Indian journal of veterinary science and animal husbandry - Volume 7,
Year: 1937
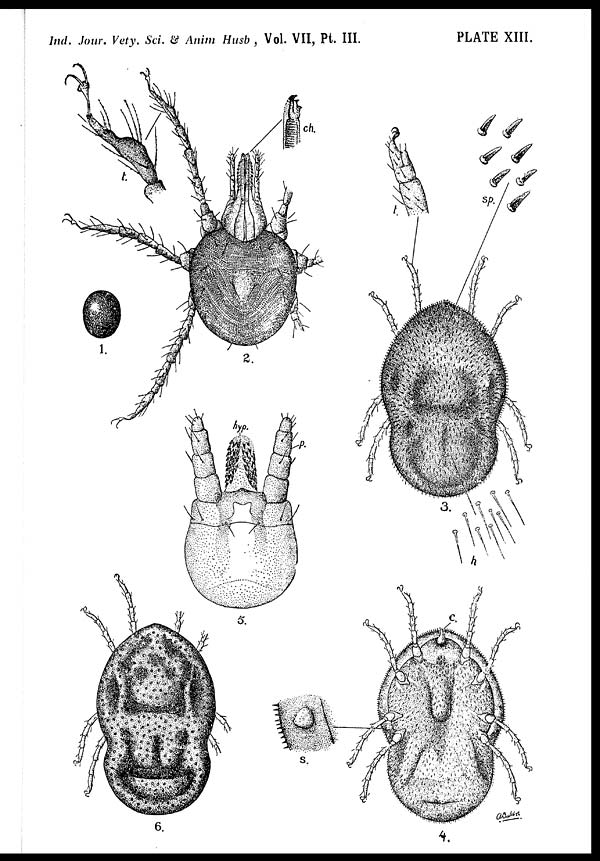
Ind. Jour. Vety. Sci. & Anim Husb , Vol. VII, Pt. III.
PLATE XIII.